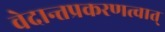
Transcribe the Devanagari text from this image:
वेदान्तप्रकरणत्वात्